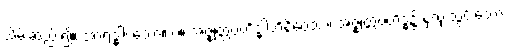
သိမ်းဆည်း၍။ အာရဒ္ဓါ၊ သော။ ပ။ အဇ္ဈတ္တဗဟိဒ္ဓါဘိနိဝေသာ၊ အဇ္ဈတ္တဗဟိဒ္ဓ၌ နှလုံးသွင်းသော